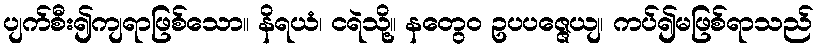
ပျက်စီး၍ကျရာဖြစ်သော။ နိရယံ၊ ငရဲသို့။ နတွေဝ ဥပပဇ္ဇေယျ၊ ကပ်၍မဖြစ်ရာသည်